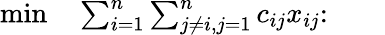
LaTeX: \begin{array}{rlrl}{\operatorname*{min}}&{{}\sum_{i=1}^{n}\sum_{j\neq i,j=1}^{n}c_{ij}x_{ij}\colon}&{}&{{}}\end{array}